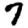
Digit: 7